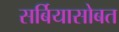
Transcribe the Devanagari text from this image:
सर्बियासोबत